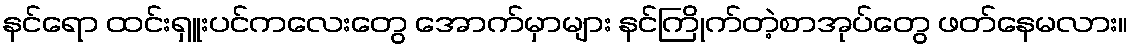
နင်ရော ထင်းရှူးပင်ကလေးတွေ အောက်မှာများ နင်ကြိုက်တဲ့စာအုပ်တွေ ဖတ်နေမလား။